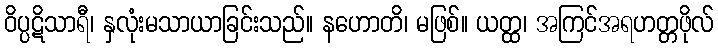
ဝိပ္ပဋိသာရီ၊ နှလုံးမသာယာခြင်းသည်။ နဟောတိ၊ မဖြစ်။ ယတ္ထ၊ အကြင်အရဟတ္တဖိုလ်